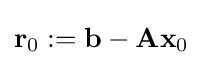
\mathbf {r} _{0}:=\mathbf {b} -\mathbf {Ax} _{0}